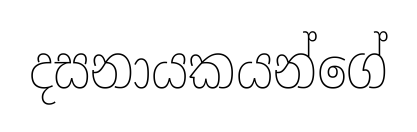
දසනායකයන්ගේ